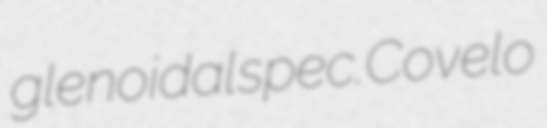
glenoidal spec. Covelo